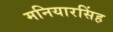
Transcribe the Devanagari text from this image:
मनियारसिंह